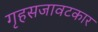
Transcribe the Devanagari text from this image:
गृहसजावटकार